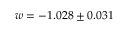
w = - 1 . 0 2 8 \pm 0 . 0 3 1